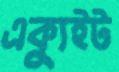
এক্যুইট